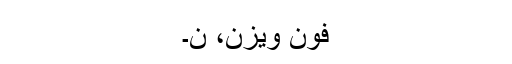
فون ویزن، ن۔